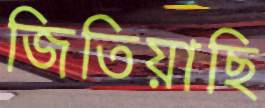
জিতিয়াছি